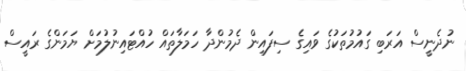
ނުދެނީސް އަރަބި ގައުމުތަކުގެ ވައިގެ ސިފައިން ދެމުންދާ ހަމަލާތައް ހުއްޓައިނުލުމަށް ޔަމަންގެ ރައީސް